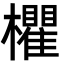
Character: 欋